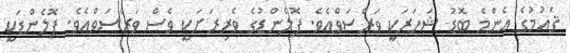
ޤައުމުގެ އެންމެ ބޮޑު ޝަހަރަކީ ވަރްސަވްއެވެ. ޕޮލެންޑުގެ ވެރިރަށަކީ ވެސް ވަރްސަވްއެވެ. ޕޮލެންޑަކީ